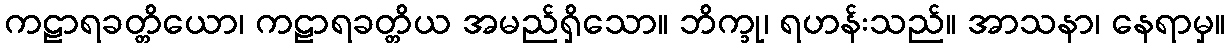
ကဠာရခတ္တိယော၊ ကဠာရခတ္တိယ အမည်ရှိသော။ ဘိက္ခု၊ ရဟန်းသည်။ အာသနာ၊ နေရာမှ။